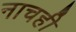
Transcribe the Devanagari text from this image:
नाचही